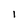
Character: l